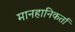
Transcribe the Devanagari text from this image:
मानहानिकर्ता